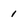
Character: 1